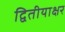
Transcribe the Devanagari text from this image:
द्वितीयाक्षर